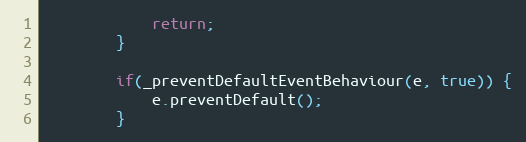
Language: JavaScript
			return;
		}

		if(_preventDefaultEventBehaviour(e, true)) {
			e.preventDefault();
		}